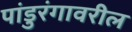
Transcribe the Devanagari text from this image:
पांडुरंगावरील